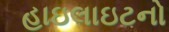
હાઇલાઇટનો